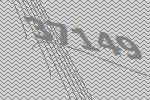
37149